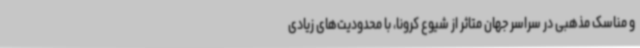
و مناسک مذهبی در سراسر جهان متاثر از شیوع کرونا، با محدودیت‌های زیادی